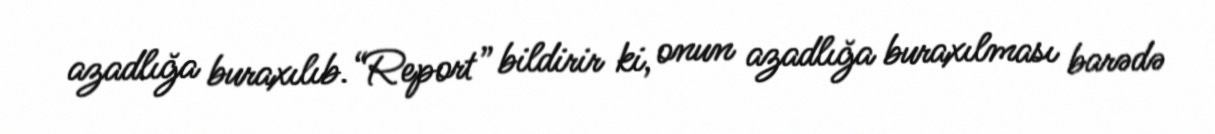
azadlığa buraxılıb.“Report” bildirir ki, onun azadlığa buraxılması barədə